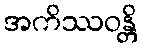
အကိဿဝန္တိ